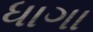
ધાગા